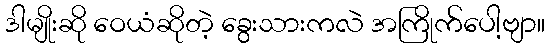
ဒါမျိုးဆို ဝေယံဆိုတဲ့ ခွေးသားကလဲ အကြိုက်ပေါ့ဗျာ။